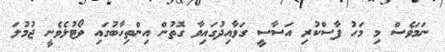
ނަމަވެސް މި މަހު ފާސްކުރި އަސާސީ ގަވާއިދުގައިވާ ގޮތުން އިންތިހާބުގައި ވޯޓުލެވެނީ ޖުމުލަ